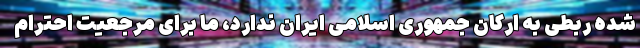
شده ربطی به ارکان جمهوری اسلامی ایران ندارد، ما برای مرجعیت احترام